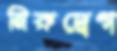
নিরুদ্বেগ